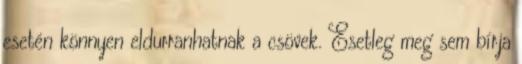
esetén könnyen eldurranhatnak a csövek. Esetleg meg sem bírja